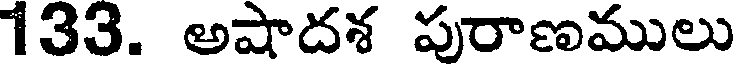
133. అషాదశ పురాణములు